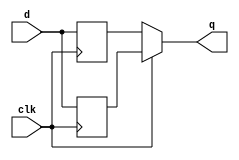
module top_module (
    input clk,
    input d,
    output q
);

    reg q_pos, q_neg;
    always @(posedge clk) begin
        q_pos <= d;
    end

    always @(negedge clk) begin
        q_neg <= d;
    end

    assign q = (clk)? q_pos : q_neg;

    //// answer on HDLBits
    //reg p, n;
	//
	//// A positive-edge triggered flip-flop
    //always @(posedge clk)
    //    p <= d ^ n;
    //    
    //// A negative-edge triggered flip-flop
    //always @(negedge clk)
    //    n <= d ^ p;
    //
    //// Why does this work? 
    //// After posedge clk, p changes to d^n. Thus q = (p^n) = (d^n^n) = d.
    //// After negedge clk, n changes to p^n. Thus q = (p^n) = (p^p^n) = d.
    //// At each (positive or negative) clock edge, p and n FFs alternately
    //// load a value that will cancel out the other and cause the new value of d to remain.
    //assign q = p ^ n;

endmodule